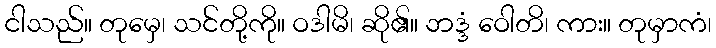
ငါသည်။ တုမှေ၊ သင်တို့ကို။ ဝဒါမိ၊ ဆို၏။ ဘဒ္ဒံ ဝေါတိ၊ ကား။ တုမှာကံ၊